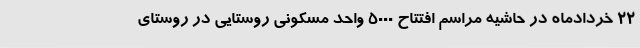
22 خردادماه در حاشیه مراسم افتتاح 5000 واحد مسکونی روستایی در روستای